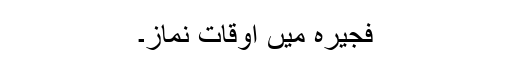
فجیرہ میں اوقات نماز۔